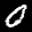
Label: 0